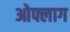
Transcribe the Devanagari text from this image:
ओफ्लाग